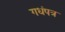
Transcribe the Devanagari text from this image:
गधंपत्र